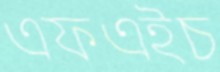
এফএইচ